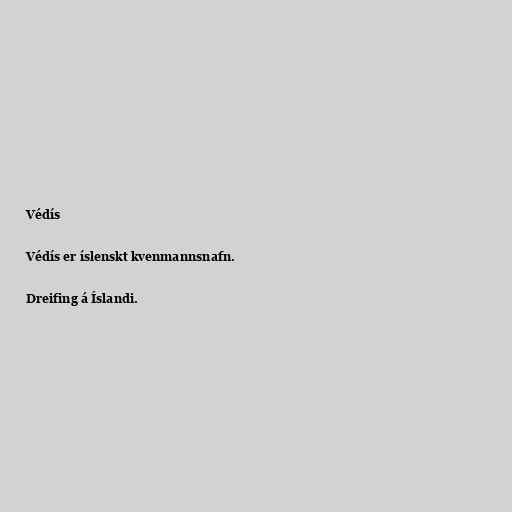
Védís

Védís er íslenskt kvenmannsnafn.

Dreifing á Íslandi.